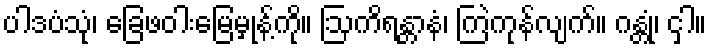
ပါဒပံသုံ၊ ခြေဖဝါးမြေမှုန့်ကို။ ဩကိရန္တာနံ၊ ကြဲကုန်လျက်။ ဂန္တုံ၊ ငှါ။